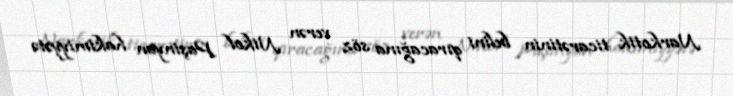
Narkotik ticarətinin belini qıracağına söz verən Nikol Paşinyan hakimiyyətə